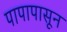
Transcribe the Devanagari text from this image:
पापापासून